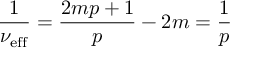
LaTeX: \frac { 1 } { \nu _ { \mathrm { { e f f } } } } = \frac { 2 m p + 1 } { p } - 2 m = \frac { 1 } { p }